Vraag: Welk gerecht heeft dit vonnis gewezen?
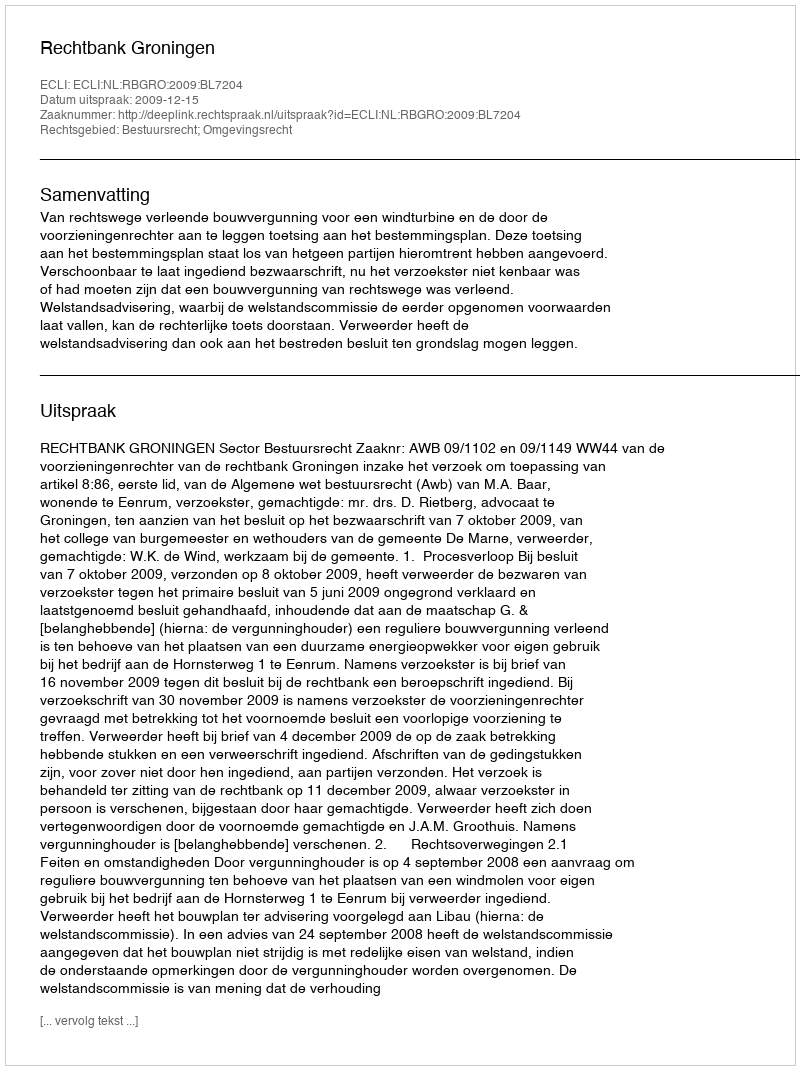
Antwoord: Rechtbank Groningen